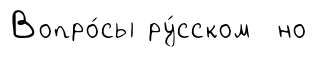
Вопро́сы ру́сском но